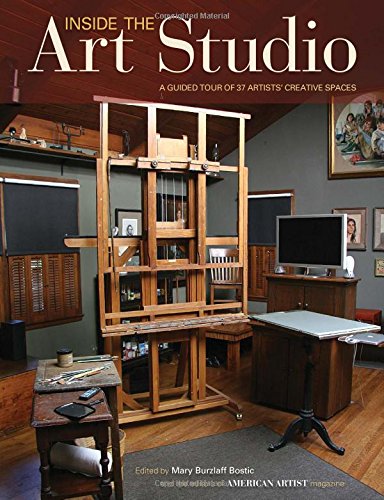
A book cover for Inside The Art Studio: A Guided Tour of 37 Artists' Creative Spaces; Arts & Photography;